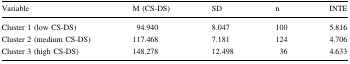
| Variable | M (CS-DS) | SD | n | INTE |
 | --- | --- | --- | --- | --- |
 | Cluster 1 (low CS-DS) | 94.940 | 8.047 | 100 | 5.816 |
 | Cluster 2 (medium CS-DS) | 117.468 | 7.181 | 124 | 4.706 |
 | Cluster 3 (high CS-DS) | 148.278 | 12.498 | 36 | 4.633 |